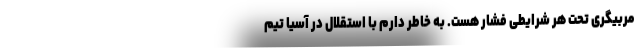
مربیگری تحت هر شرایطی فشار هست. به خاطر دارم با استقلال در آسیا تیم